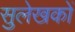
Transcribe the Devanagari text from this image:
सुलेखकों